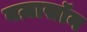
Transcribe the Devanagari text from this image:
बज़ासॉन